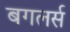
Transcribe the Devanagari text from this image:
बगलर्स